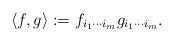
LaTeX: \begin{align*}\langle f,g \rangle := f_{i_{1}\cdots i_{m}}g_{i_{1}\cdots i_{m}}.\end{align*}